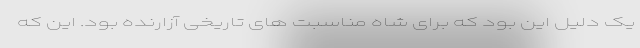
یک دلیل این بود که برای شاه مناسبت های تاریخی آزارنده بود. این که